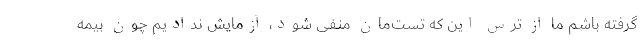
گرفته باشم ما از ترس این که تست‌مان منفی شود، آزمایش ندادیم چون بیمه